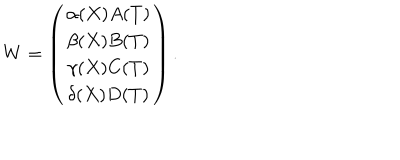
LaTeX: W = \left( \begin{array} { c } { { \alpha ( X ) A ( T ) } } \\ { { \beta ( X ) B ( T ) } } \\ { { \gamma ( X ) C ( T ) } } \\ { { \delta ( X ) D ( T ) } } \\ \end{array} \right) .